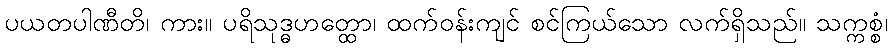
ပယတပါဏီတိ၊ ကား။ ပရိသုဒ္ဓဟတ္ထော၊ ထက်ဝန်းကျင် စင်ကြယ်သော လက်ရှိသည်။ သက္ကစ္စံ၊